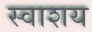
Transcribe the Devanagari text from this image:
स्वाशय